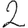
Digit: 2